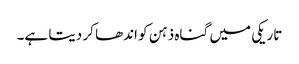
تاریکی میں گناہ ذہن کو اندھا کر دیتا ہے۔